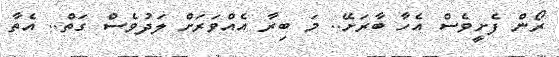
ރޯން ފެށީވެސް އެހާ ބާރަށޭ.. މަ ބިރާ އެއްވަރަށް ލަދުވެސް ގަތް.. އެތާ